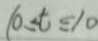
1 0 \leq t \leq 1 0